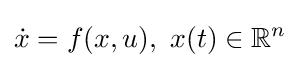
{\dot {x}}=f(x,u),\ x(t)\in \mathbb {R} ^{n}